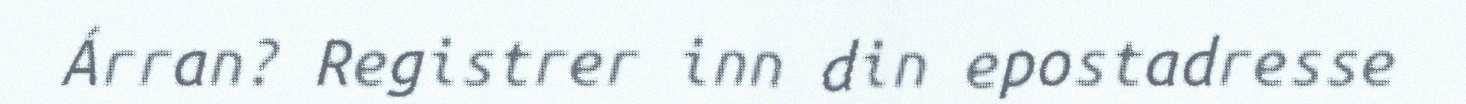
Árran? Registrer inn din epostadresse